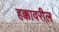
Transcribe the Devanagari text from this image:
हक्कावरील